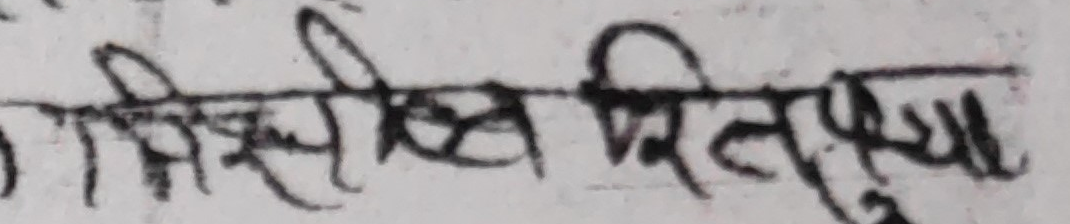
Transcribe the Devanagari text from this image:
समिति सचिव ज्या